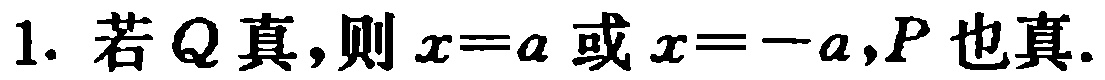
1. 若\(Q\)真,则\(x = a\)或\(x = -a\),\(P\)也真.